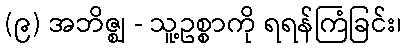
(၉) အဘိဇ္ဈ - သူ့ဥစ္စာကို ရရန်ကြံခြင်း၊